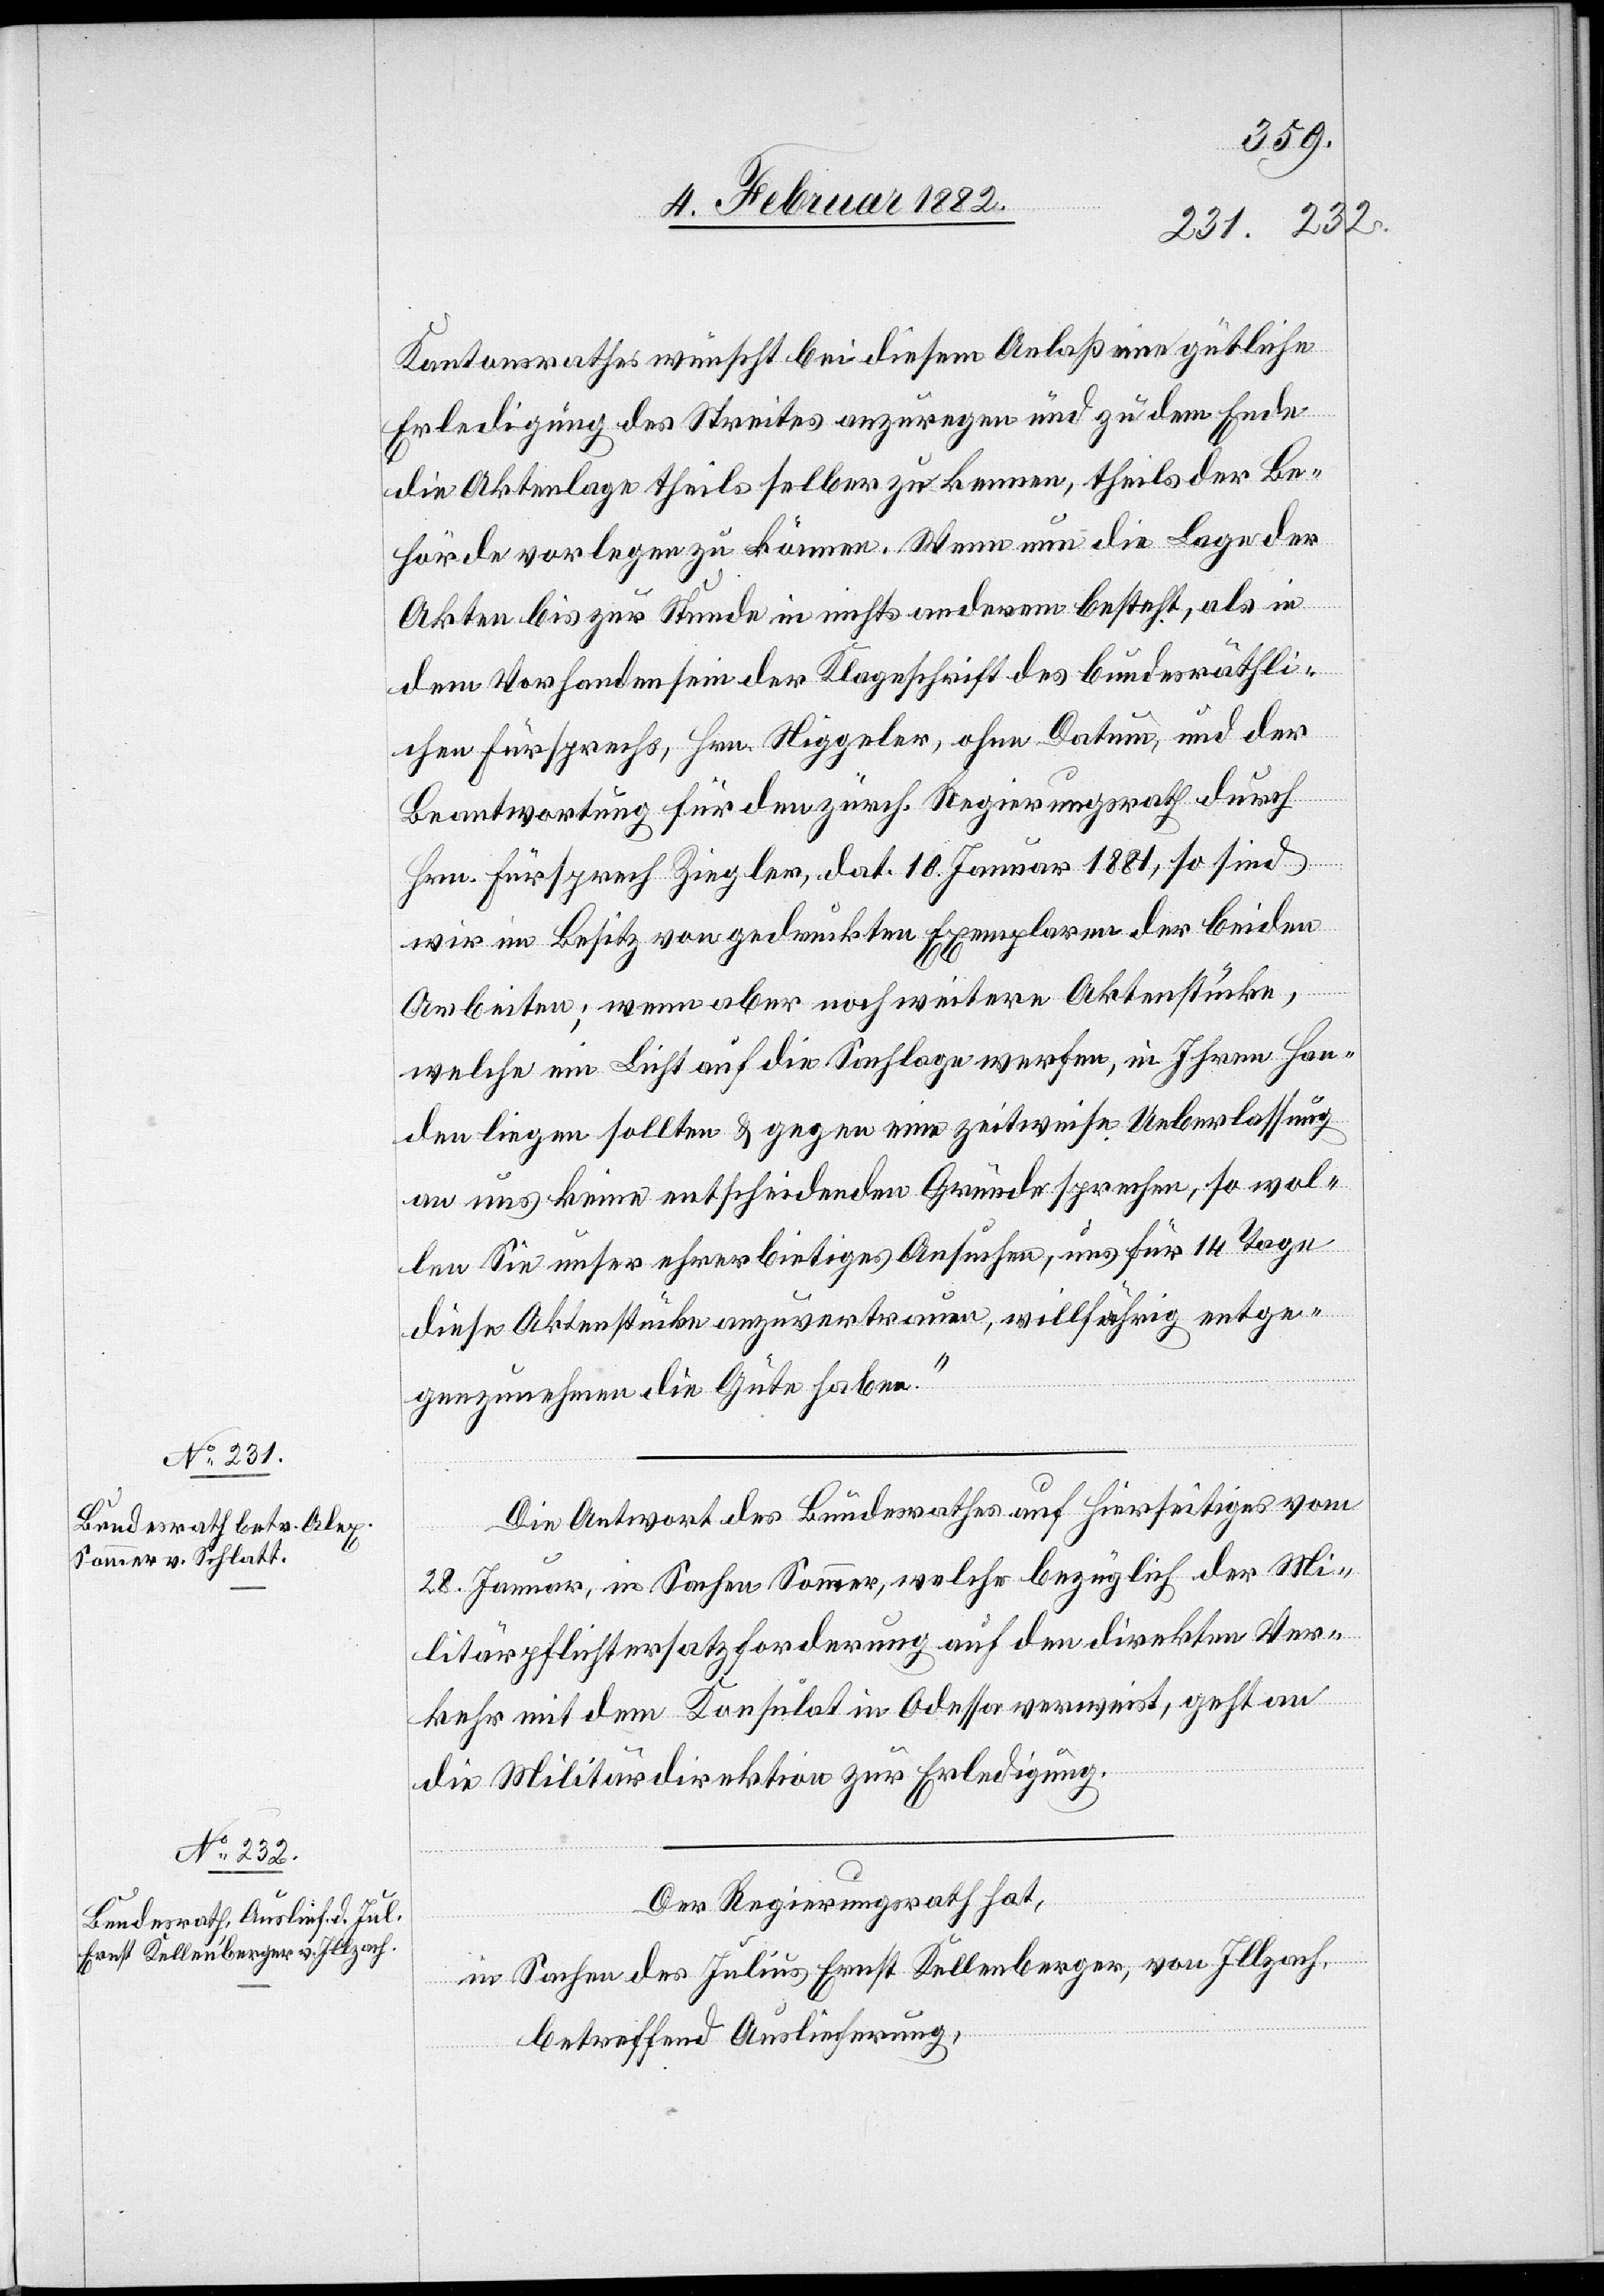
8. Februar 1882]
Kantonsrathes wünscht bei diesem Anlaß eine gütliche
Erledigung des Streites anzuregen und zu dem Ende
die Aktenlage theils selber zu kennen, theils der Be¬
hörde vorlegen zu können. Wenn nun die Lage der
Akten bis zur Stunde in nichts anderem besteht, als in
dem Vorhandensein der Klageschrift des bundesräthli¬
chen Fürsprechs, Hrn. Niggeler, ohne Datum, und der
Beantwortung für den zürch. Regierungsrath durch
Hrn. Fürsprech Ziegler, dat. 10. Januar 1881, so sind
wir im Besitz von gedruckten Exemplaren der beiden
Arbeiten; wenn aber noch weitere Aktenstücke,
welche ein Licht auf die Sachlage werfen, in Ihren Han¬
den liegen sollten & gegen eine zeitweise Ueberlassung
an uns keine entscheidenden Gründen sprechen, so wol¬
len Sie unser ehrerbietiges Ansuchen, uns für 14 Tage
diese Aktenstücke anzuvertrauen, willfährig entge¬
genzunehmen die Güte haben.“
Die Antwort des Bundesrathes auf hierseitiges vom
28. Januar, in Sachen Sommer, welche bezüglich der Mi¬
litärpflichtersatzforderung auf den direkten Ver¬
kehr mit dem Konsulat in Odessa verweist, geht an
die Militärdirektion zur Erledigung.
Der Regierungsrath hat,
in Sachen des Julius Ernst Kellenberger, von Illzach,
betreffend Auslieferung,